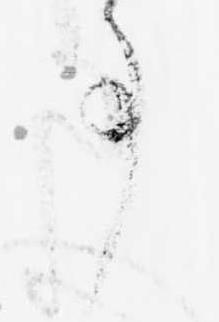
事